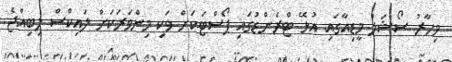
މިހާރު ސޯޝަލް މީޑިއާގައި އުޅޭ ޓްރެންޑުގައި ޕޯސްޓަކަށް ވަކި މިންވަރަކަށް ލައިކްސް ލިބިއްޖެ